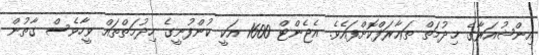
އިންޝުއަރާގެ ޚިދުމަތް ތަޢާރަފްކޮށްފައެވެ. އެޖެންޓް 1600 އަކީ ކުންފުނީގެ ހިދުމަތްތައް ވީހާވެސް ގާތުން